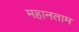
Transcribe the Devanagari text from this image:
महानताम